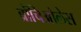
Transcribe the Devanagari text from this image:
ब्रोंचिओलेस